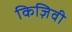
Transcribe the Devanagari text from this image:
किज़िवी